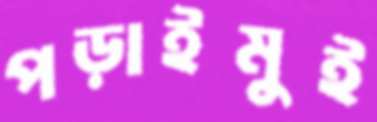
পড়াইমুই